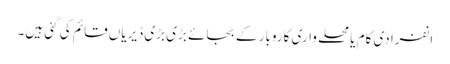
انفرادی کام یا محلے واری کاروبار کے بجائے بڑی بڑی ڈیریاں قائم کی گئی ہیں۔